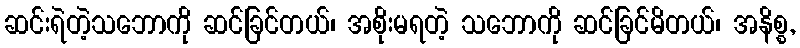
ဆင်းရဲတဲ့သဘောကို ဆင်ခြင်တယ်၊ အစိုးမရတဲ့ သဘောကို ဆင်ခြင်မိတယ်၊ အနိစ္စ,